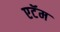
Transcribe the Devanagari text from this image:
एटॅम